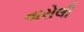
વારોલી